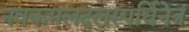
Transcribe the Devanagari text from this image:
नवकमलदलस्पर्धिनेत्रं